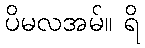
ပိမလအမ်။ ရိ